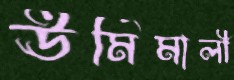
ঊর্মিমালী